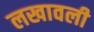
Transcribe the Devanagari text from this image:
लखावली